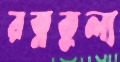
রত্নতুল্য